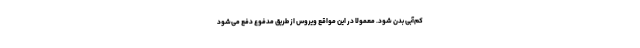
کم‌آبی بدن شود. معمولا در این مواقع ویروس از طریق مدفوع دفع می‌شود